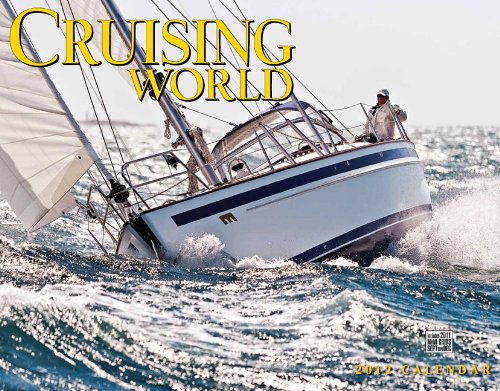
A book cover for Cruising World Calendar; Calendars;